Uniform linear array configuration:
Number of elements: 12
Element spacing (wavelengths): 1
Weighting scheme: cosine
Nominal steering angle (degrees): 15
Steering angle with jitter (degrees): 15.213
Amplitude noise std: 0.05
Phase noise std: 0.05

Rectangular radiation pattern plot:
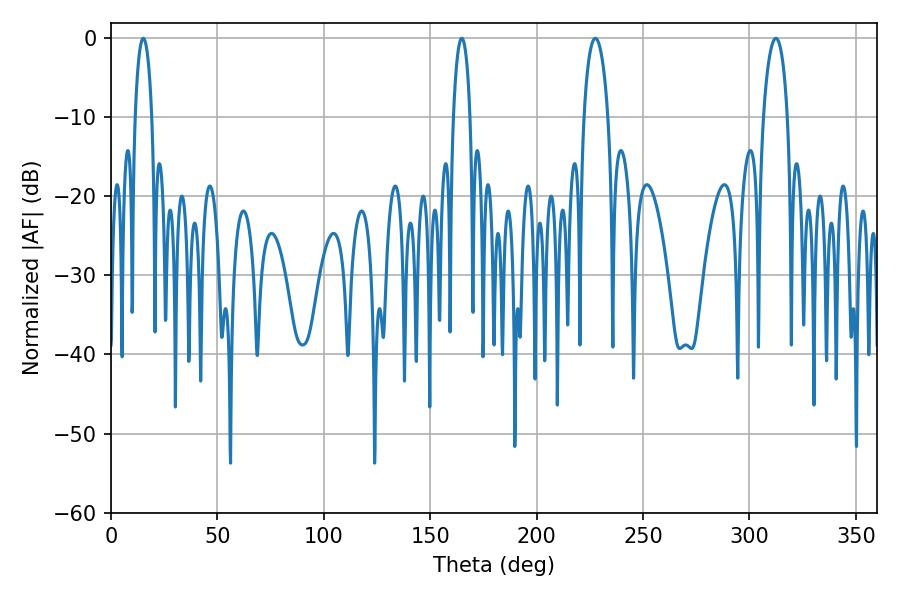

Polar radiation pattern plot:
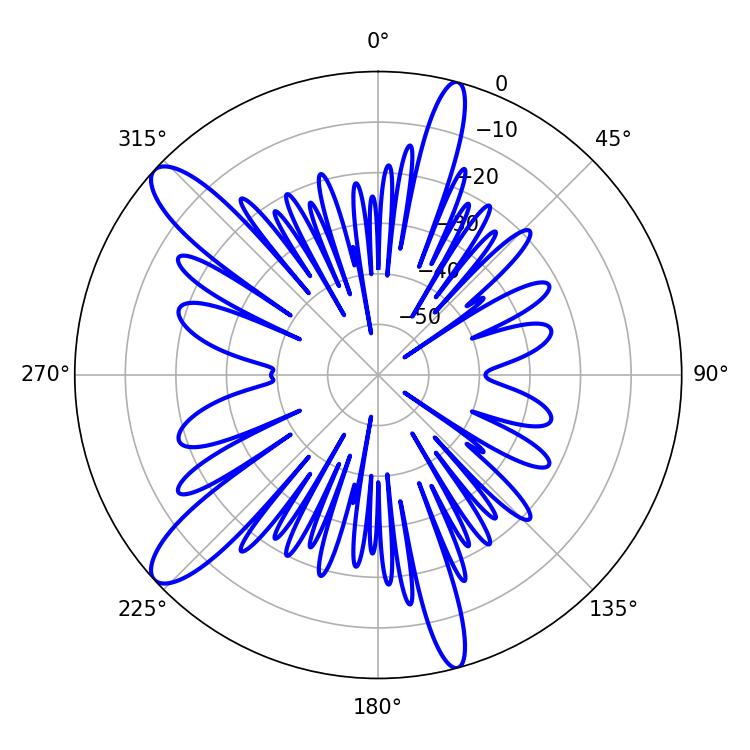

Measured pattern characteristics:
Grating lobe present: TRUE
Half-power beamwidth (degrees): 6.48
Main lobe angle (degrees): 227.52